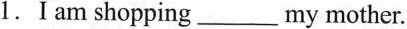
1.I am shopping___my mother.